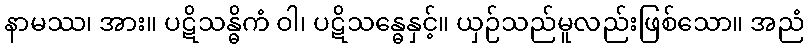
နာမဿ၊ အား။ ပဋိသန္ဓိကံ ဝါ၊ ပဋိသန္ဓေနှင့်။ ယှဉ်သည်မူလည်းဖြစ်သော။ အညံ